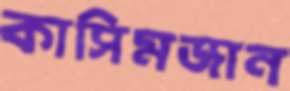
কাসিমজান